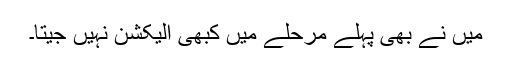
میں نے بھی پہلے مرحلے میں کبھی الیکشن نہیں جیتا۔